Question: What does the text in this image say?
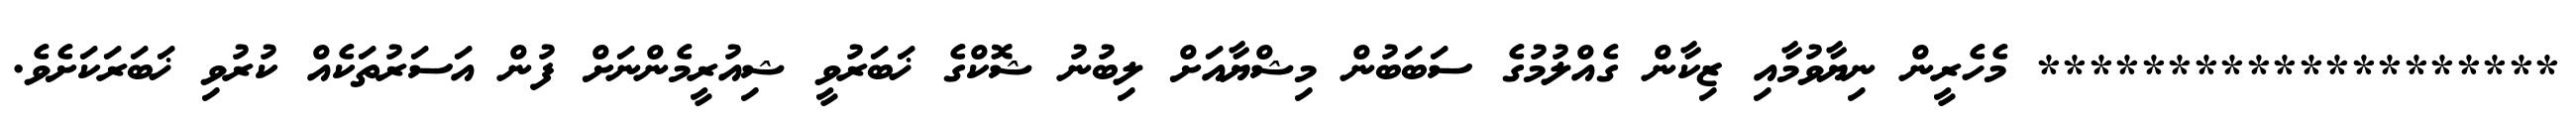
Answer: ******************** މެހެރީން ނިޔާވުމާއި ޒިކާން ގެއްލުމުގެ ސަބަބުން މިޝްޔާއަށް ލިބުނު ޝޮކްގެ ޚަބަރުވީ ޝިއުރީމެންނަށް ފުން އަސަރުތަކެއް ކުރުވި ޚަބަރަކަށެވެ.